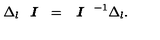
\Delta _ { l } \textit { \textbf { I } } = \textit { \textbf { I } } ^ { - 1 } \Delta _ { l } .